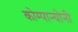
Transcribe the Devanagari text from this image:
कोम्पान्योनी